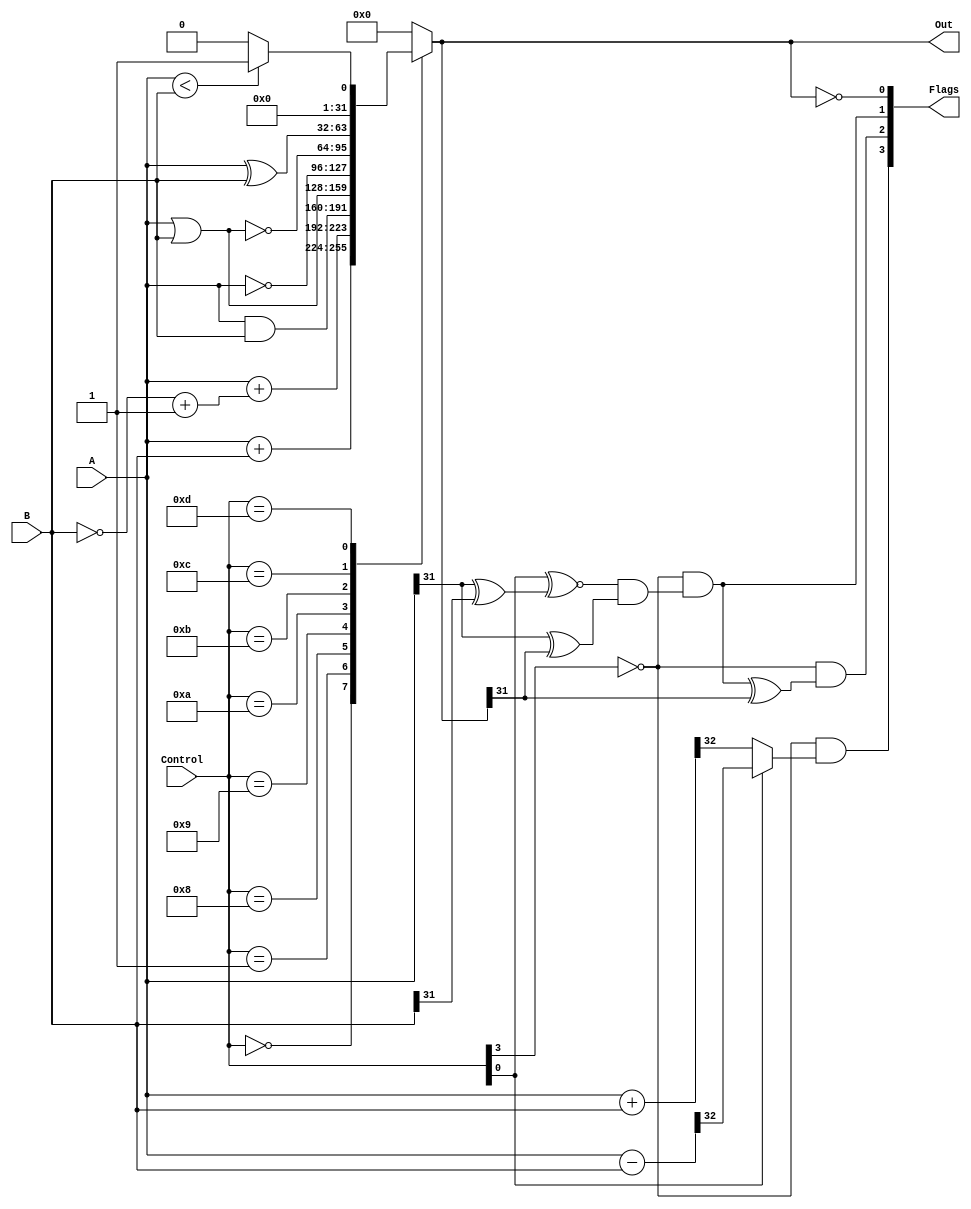
`timescale 1ns / 1ps
//////////////////////////////////////////////////////////////////////////////////
// Company: 
// Engineer: 
// 
// Design Name: 
// Module Name: ALU
// Project Name: 
// Target Devices: 
// Tool Versions: 
// Description: 
// 
// Dependencies: 
// 
// Revision:
// Revision 0.01 - File Created
// Additional Comments:
// 
//////////////////////////////////////////////////////////////////////////////////


module ALU #(parameter  DIGIT = 32, CTRLSIZE = 4, FLAGSIZE = 4)(Control, A, B, Out, Flags);
    input  wire [CTRLSIZE - 1 : 0] Control;
    input  wire    [DIGIT - 1 : 0] A;
    input  wire    [DIGIT - 1 : 0] B;
    
    output  reg    [DIGIT - 1 : 0] Out;
    output wire [FLAGSIZE - 1 : 0] Flags;

    wire Carry_Borrow, Negative, Overflow, Zero;
    wire Carry, Borrow;
    wire [DIGIT - 1 : 0] add_sum, minus_sum;

    always @(*)
    begin
    	case (Control)
    		4'b0000: Out = A + B;
    		4'b0001: Out = A + (~B + 'b1);//(F == 1) ? (('b1 << 6) - minus_sum) : minus_sum;
    		4'b1000: Out = A & B;
    		4'b1001: Out = A | B;
    		4'b1010: Out = ~A;
    		4'b1011: Out = ~(A | B);
    		4'b1100: Out = A ^ B;
    		4'b1101: Out = (A < B) ? 'b1 : 'b0;
    		default: 
    			Out = 'b0;
    	endcase 
    end

    assign Flags               = {Carry_Borrow, Negative, Overflow, Zero};
    assign Carry_Borrow        = ~Control[CTRLSIZE - 1] && ((Control[0] == 0) ? Carry : Borrow);
    assign {Carry, add_sum}    = A + B;
    assign {Borrow, minus_sum} = A - B;	
    assign Negative            = ~Control[CTRLSIZE - 1] && (Overflow ^ Out[DIGIT - 1]);
    assign Overflow            = ~Control[CTRLSIZE - 1] && ((Control[0] ^~ (A[DIGIT - 1] ^ B[DIGIT - 1])) && (A[DIGIT - 1] ^ Out[DIGIT - 1]));
    assign Zero                = (Out == 'b0);

endmodule